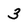
Character: 3